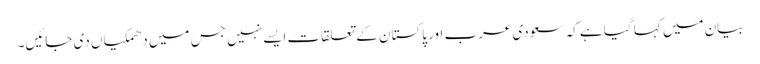
بیان میں کہا گیا ہے کہ سعودی عرب اور پاکستان کے تعلقات ایسے نہیں جس میں دھمکیاں دی جائیں۔